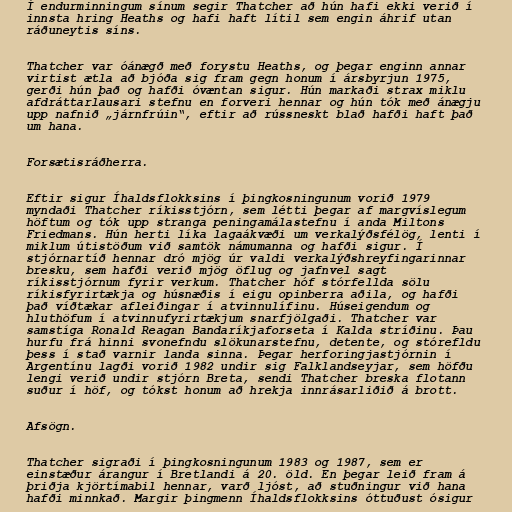
Í endurminningum sínum segir Thatcher að hún hafi ekki verið í
innsta hring Heaths og hafi haft lítil sem engin áhrif utan
ráðuneytis síns.

Thatcher var óánægð með forystu Heaths, og þegar enginn annar
virtist ætla að bjóða sig fram gegn honum í ársbyrjun 1975,
gerði hún það og hafði óvæntan sigur. Hún markaði strax miklu
afdráttarlausari stefnu en forveri hennar og hún tók með ánægju
upp nafnið „járnfrúin“, eftir að rússneskt blað hafði haft það
um hana.

Forsætisráðherra.

Eftir sigur Íhaldsflokksins í þingkosningunum vorið 1979
myndaði Thatcher ríkisstjórn, sem létti þegar af margvíslegum
höftum og tók upp stranga peningamálastefnu í anda Miltons
Friedmans. Hún herti líka lagaákvæði um verkalýðsfélög, lenti í
miklum útistöðum við samtök námumanna og hafði sigur. Í
stjórnartíð hennar dró mjög úr valdi verkalýðshreyfingarinnar
bresku, sem hafði verið mjög öflug og jafnvel sagt
ríkisstjórnum fyrir verkum. Thatcher hóf stórfellda sölu
ríkisfyrirtækja og húsnæðis í eigu opinberra aðila, og hafði
það víðtækar afleiðingar í atvinnulífinu. Húseigendum og
hluthöfum í atvinnufyrirtækjum snarfjölgaði. Thatcher var
samstíga Ronald Reagan Bandaríkjaforseta í Kalda stríðinu. Þau
hurfu frá hinni svonefndu slökunarstefnu, detente, og stórefldu
þess í stað varnir landa sinna. Þegar herforingjastjórnin í
Argentínu lagði vorið 1982 undir sig Falklandseyjar, sem höfðu
lengi verið undir stjórn Breta, sendi Thatcher breska flotann
suður í höf, og tókst honum að hrekja innrásarliðið á brott.

Afsögn.

Thatcher sigraði í þingkosningunum 1983 og 1987, sem er
einstæður árangur í Bretlandi á 20. öld. En þegar leið fram á
þriðja kjörtímabil hennar, varð ljóst, að stuðningur við hana
hafði minnkað. Margir þingmenn Íhaldsflokksins óttuðust ósigur